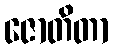
ဇောတိတာ